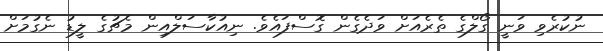
ނުކުރެވި ވަނީ ގޯލްގެ ތެރެއަށް ވަދެގެން ގޮސްފައެވެ. ނިއުކާސަލްއިން މެޗުގެ ލީޑު ނެގުމަށް